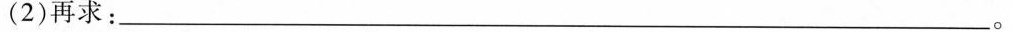
(2)再求：___。